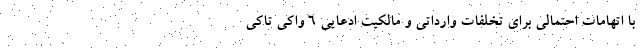
با اتهامات احتمالی برای تخلفات وارداتی و مالکیت ادعایی ۶ واکی تاکی